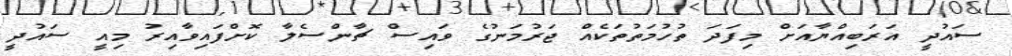
ސައުދީ އަރަބިއްޔާއަށް މިފަދަ ތުހުމަތުތަކެއް ޖަރުމަނުގެ ވައިސް ޗާންސެލާ ކޮށްފައިވާއިރު މިއީ ސައުދީ